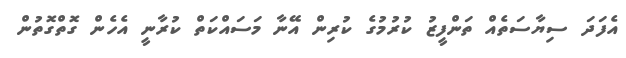
އެފަދަ ސިޔާސަތެއް ތަންފީޒު ކުރުމުގެ ކުރިން އޭނާ މަސައްކަތް ކުރާނީ އެހެން ގޮތްގޮތުން